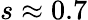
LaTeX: s\approx 0.7